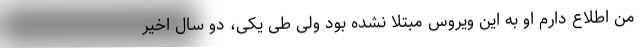
من اطلاع دارم او به این ویروس مبتلا نشده بود ولی طی یکی، دو سال اخیر